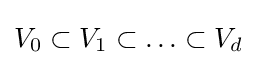
V_{0}\subset V_{1}\subset \ldots \subset V_{d}